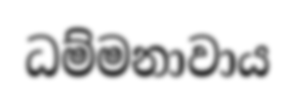
ධම්මනාවාය